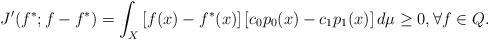
LaTeX: \begin{align*}J'(f^*;f-f^*)=\int_X\left[f(x)-f^*(x)\right]\left[c_0 p_0(x)-c_1p_1(x)\right]d\mu \ge 0, \forall f\in Q.\end{align*}